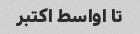
تا اواسط اکتبر